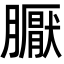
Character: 𭩏